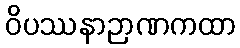
ဝိပဿနာဉာဏကထာ